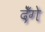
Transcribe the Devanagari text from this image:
देँगे